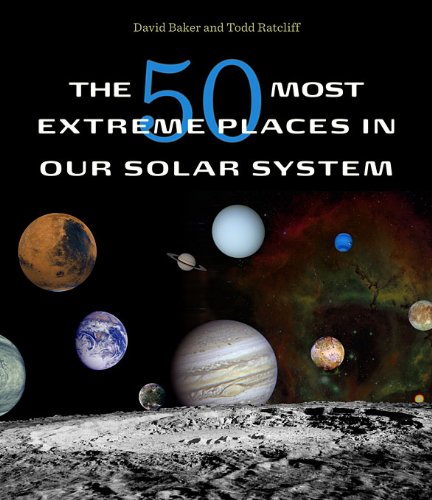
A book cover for The 50 Most Extreme Places in Our Solar System; David Baker; Science & Math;